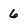
Character: 6